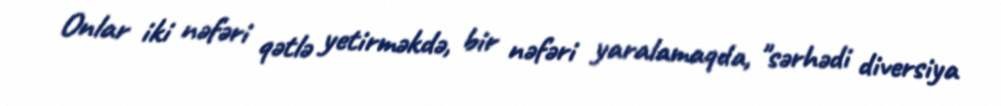
Onlar iki nəfəri qətlə yetirməkdə, bir nəfəri yaralamaqda, "sərhədi diversiya